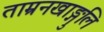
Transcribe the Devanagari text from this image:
ताम्रनखाङ्गुलि